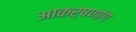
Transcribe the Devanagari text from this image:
आकर्षणांग